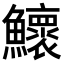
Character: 𬵹